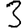
Digit: 3